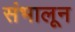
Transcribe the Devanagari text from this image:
संभालून